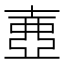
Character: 𡔲